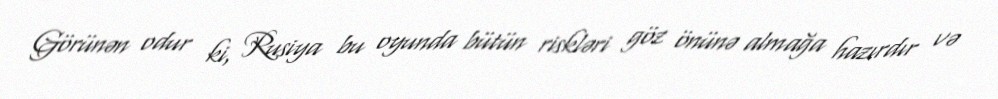
Görünən odur ki, Rusiya bu oyunda bütün riskləri göz önünə almağa hazırdır və